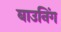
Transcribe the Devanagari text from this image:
बाउनिंग